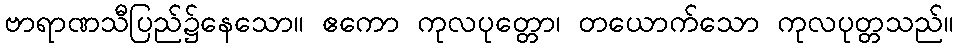
ဗာရာဏသီပြည်၌နေသော။ ဧကော ကုလပုတ္တော၊ တယောက်သော ကုလပုတ္တသည်။